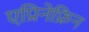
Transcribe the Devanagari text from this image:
एप्रिनेफ्रिन